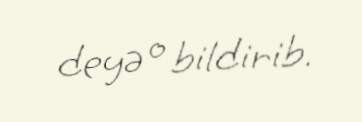
deyə o bildirib.